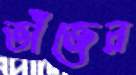
ভাঁজের